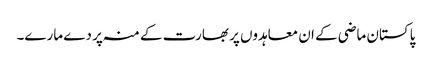
پاکستان ماضی کے ان معاہدوں پر بھارت کے منہ پر دے مارے۔